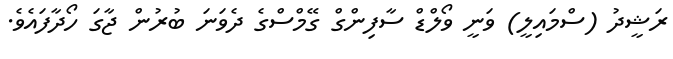
ރަޝީދު (ސްމައިލީ) ވަނީ ވޯލްޑް ސާފިންގް ގޭމްސްގެ ދެވަނަ ބުރުން ޖާގަ ހޯދާފައެވެ.